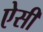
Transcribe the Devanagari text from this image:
एेसी